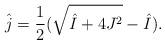
LaTeX: \begin{align*}\hat{j} = \frac{1}{2} (\sqrt{\hat{I}+ 4J^2} - \hat{I}).\end{align*}